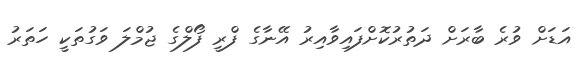
އަޑަށް ވުރެ ބާރަށް ދަތުރުކޮށްފައިވާއިރު އޭނާގެ ފްރީ ފޯލްގެ ޖުމްލަ ވަގުތަކީ ހަތަރު